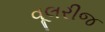
વૂલરીજ